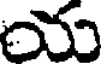
య